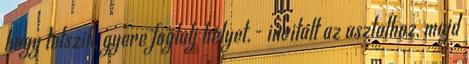
hogy tetszik, gyere foglalj helyet.- invitált az asztalhoz, majd